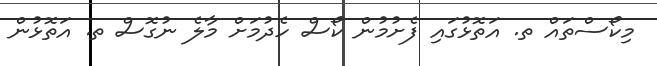
މިކޯސްތައް ތ. އަތޮޅުގައި ފެށުމުން ކޯސް ހެދުމަށް މާލެ ނުގޮސް ތ. އަތޮޅުން